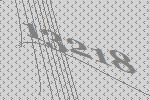
13218